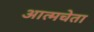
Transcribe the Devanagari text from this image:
आत्मचेता